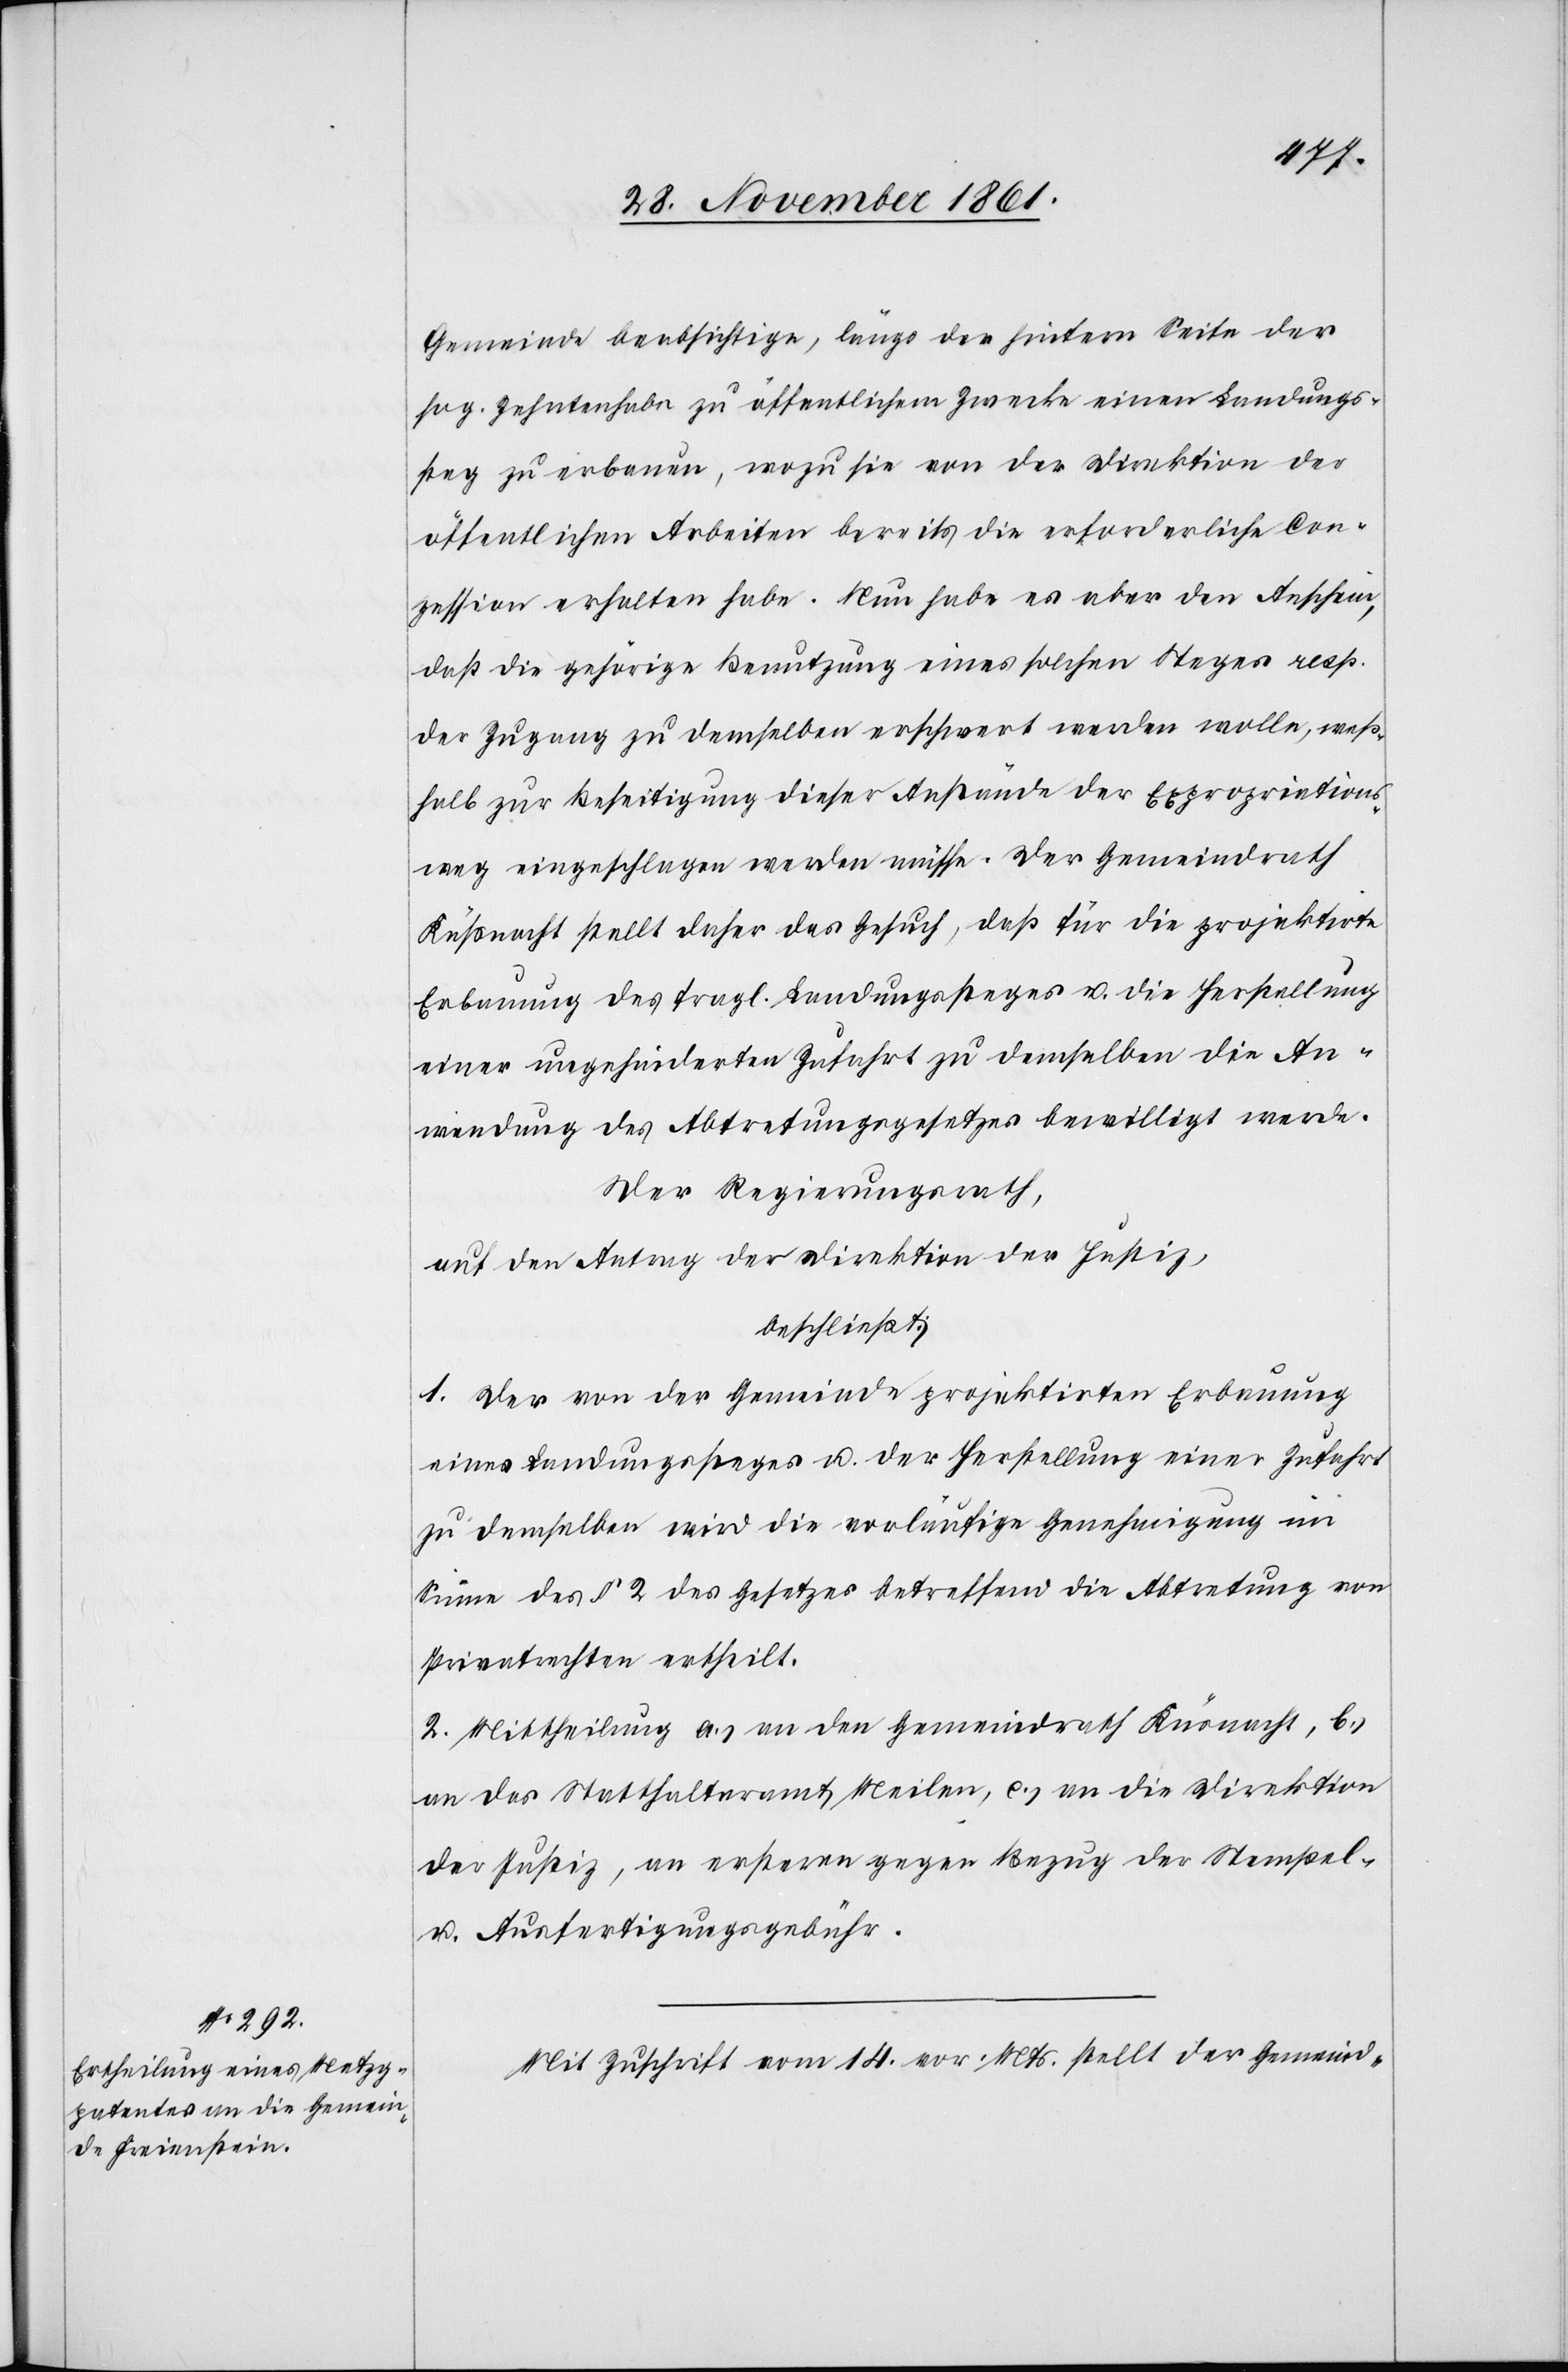
Gemeinde beabsichtige, längs der hintern Seite der
sog. Zehntenhabe zu öffentlichem Zwecke einen Landungs¬
steg zu erbauen, wozu sie von der Direktion der
öffentlichen Arbeiten bereits die erforderliche Con¬
zession erhalten habe. Nun habe es aber den Anschein,
daß die gehörige Benutzung eines solchen Steges resp.
der Zugang zu demselben erschwert werden wolle, weß¬
halb zur Beseitigung dieser Anstände der Expropriations¬
weg eingeschlagen werden müsse. Der Gemeindrath
[sic!] stellt daher das Gesuch, daß für die projektirte
Erbauung des fragl. Landungssteges u. die Herstellung
einer ungehinderten Zufahrt zu demselben die An¬
wendung des Abtretungsgesetzes bewilligt werde.
Der Regierungsrath,
auf den Antrag der Direktion der Justiz,
beschließt:
1. Der von der Gemeinde projektirten Erbauung
eines Landungssteges u. der Herstellung einer Zufahrt
zu demselben wird die vernünftige Genehmigung im
Sinne des § 2 des Gesetzes betreffend die Abtretung von
Privatrechten ertheilt.
2. Mittheilung a.) an den Gemeindrath Küsnacht, b.)
an das Statthalteramt Meilen, c.) an die Direktion
der Justiz, an ersteren gegen Bezug der Stempel-
u. Ausfertigungsgebühr.
Mit Zuschrift vom 14 vor. Mts. stellt der Gemeind-